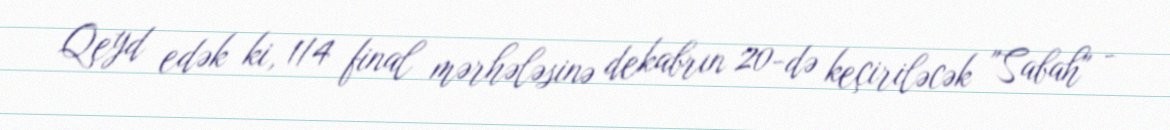
Qeyd edək ki, 1/4 final mərhələsinə dekabrın 20-də keçiriləcək "Sabah" -